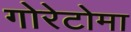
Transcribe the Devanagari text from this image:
गोरेटोमा